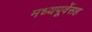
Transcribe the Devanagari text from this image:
मध्यपूर्वेसह